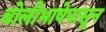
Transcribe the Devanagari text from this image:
बोलीभाषेपासून